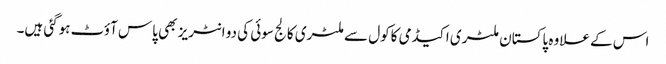
اس کے علاوہ پاکستان ملٹری اکیڈمی کاکول سے ملٹری کالج سوئی کی دو انٹریز بھی پاس آؤٹ ہوگئی ہیں۔